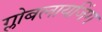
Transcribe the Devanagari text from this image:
ग्लोबलायजिंग